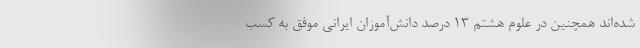
شده‌اند همچنین در علوم هشتم ۱۳ درصد دانش‌آموزان ایرانی موفق به کسب